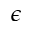
\epsilon